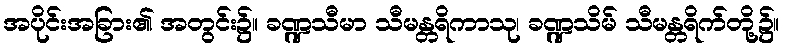
အပိုင်းအခြား၏ အတွင်း၌။ ခဏ္ဍသီမာ သီမန္တရိကာသု၊ ခဏ္ဍသိမ် သီမန္တရိက်တို့၌။